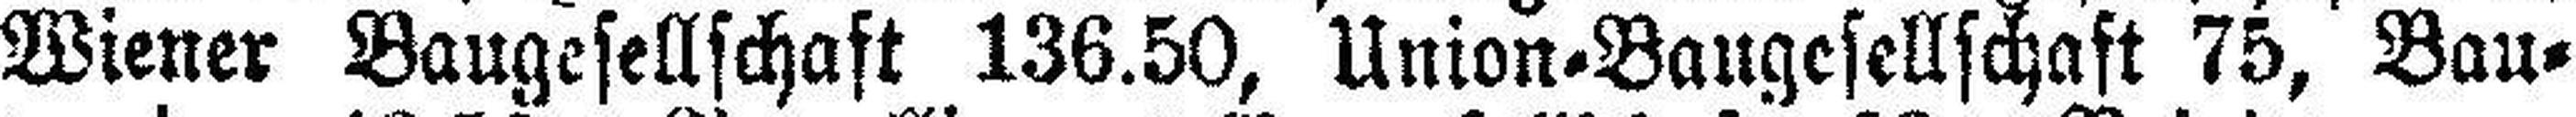
Wiener Baugesellschaft 136.50, Union=Baugesellschaft 75, Bau¬